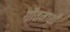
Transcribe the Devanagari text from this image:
गौतमाशी